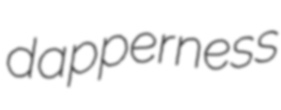
dapperness